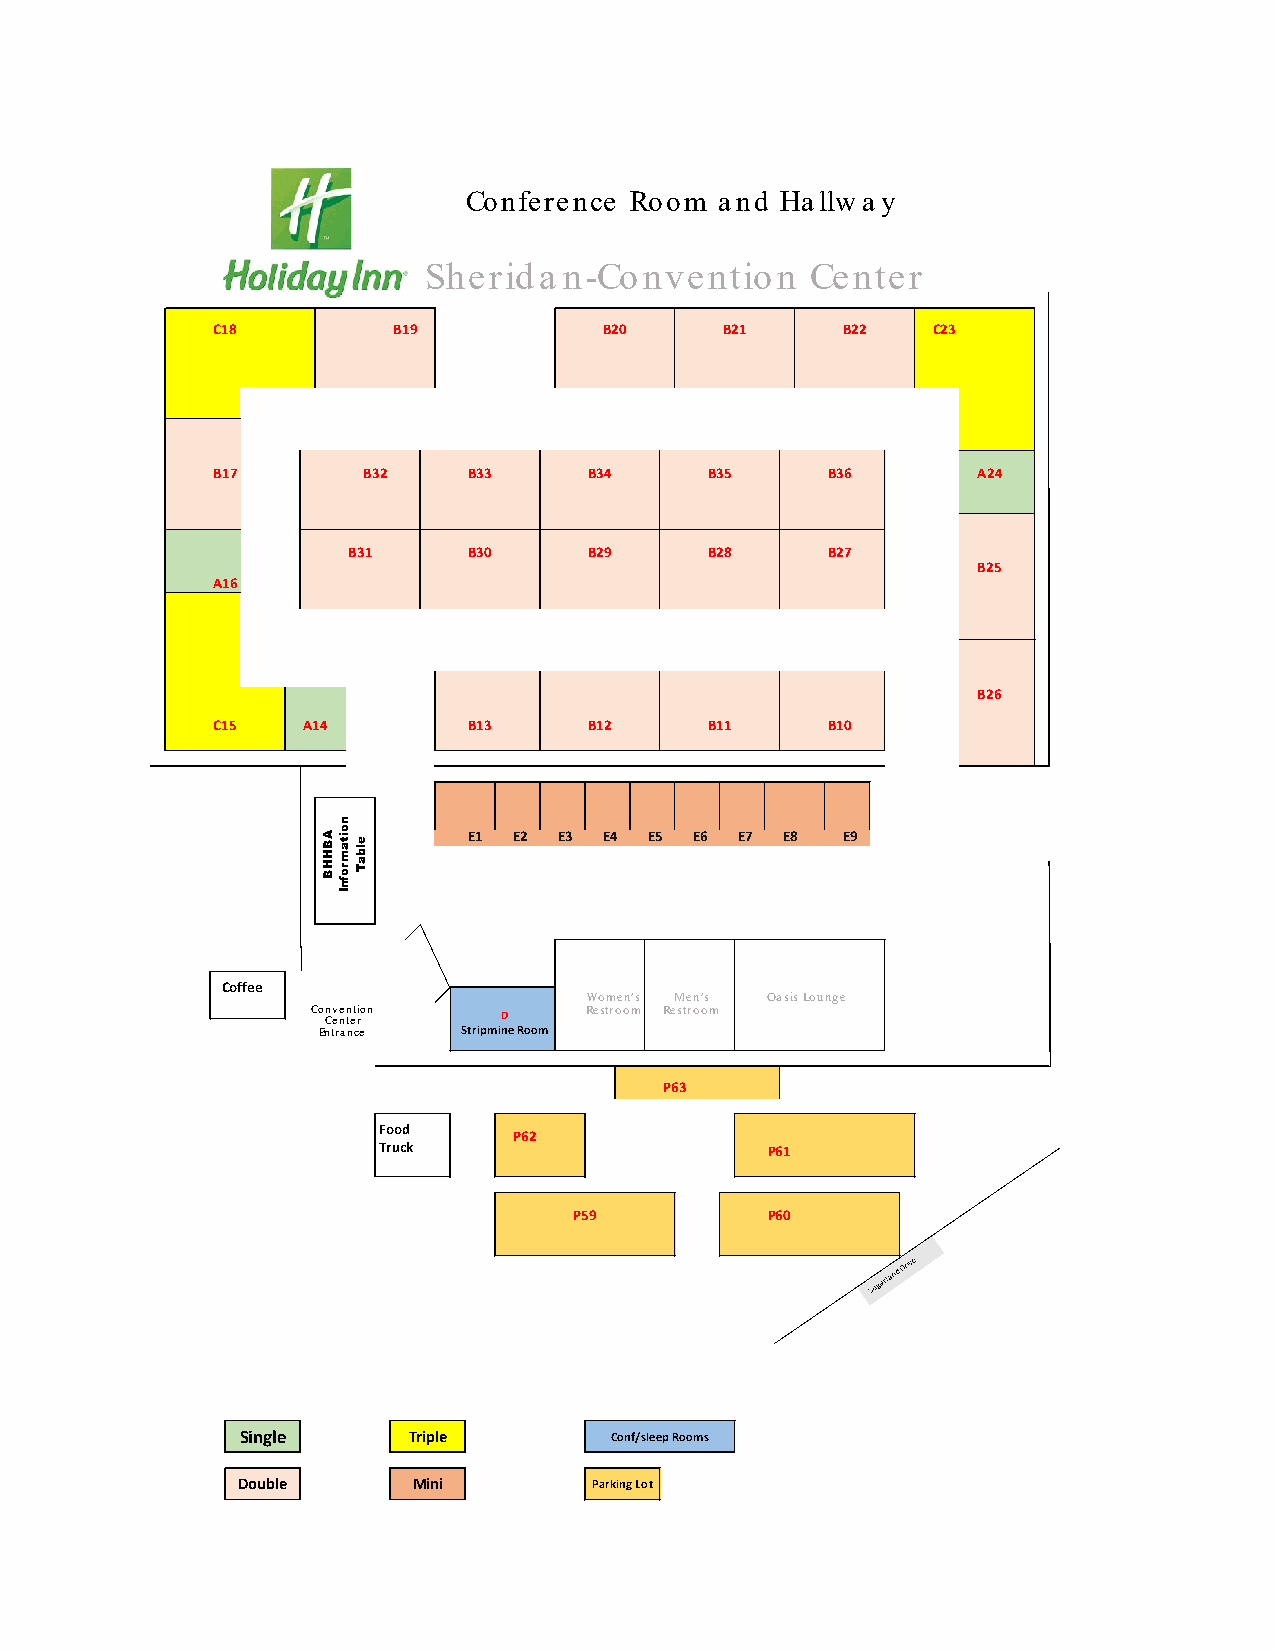
Conference Room  and Hallway
 Sherida  n-Convention     Center
 C18         B19           B20     B21     B22   C23
 B17       B32    B33     B34     B35     B36       A24
 B31     B30     B29     B28     B27
 B25
 A16
 B26
 C15   A14        B13     B12     B11     B10
 E1 E2 E3 E4 E5 E6 E7 E8  E9
 Coffee
 Women's Men's Oasis Lounge
 Co Cn ev ne tn et rion D Restroom Restroom
 Entrance  StripmineRoom
 P63
 Food
 P62
 Truck                     P61
 P59          P60
 Single     Triple       Conf/sleep Rooms
 Double     Mini        Parking Lot
 ABHHB
 noitamrofnI
 elbaT